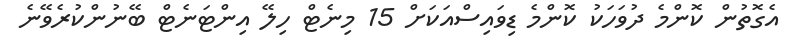
އެގޮތުން ކޮންމެ ދުވަހަކު ކޮންމެ ޑިވައިސްއަކަށް 15 މިނެޓް ހިލޭ އިންޓަނެޓް ބޭނުންކުރެވޭނެ